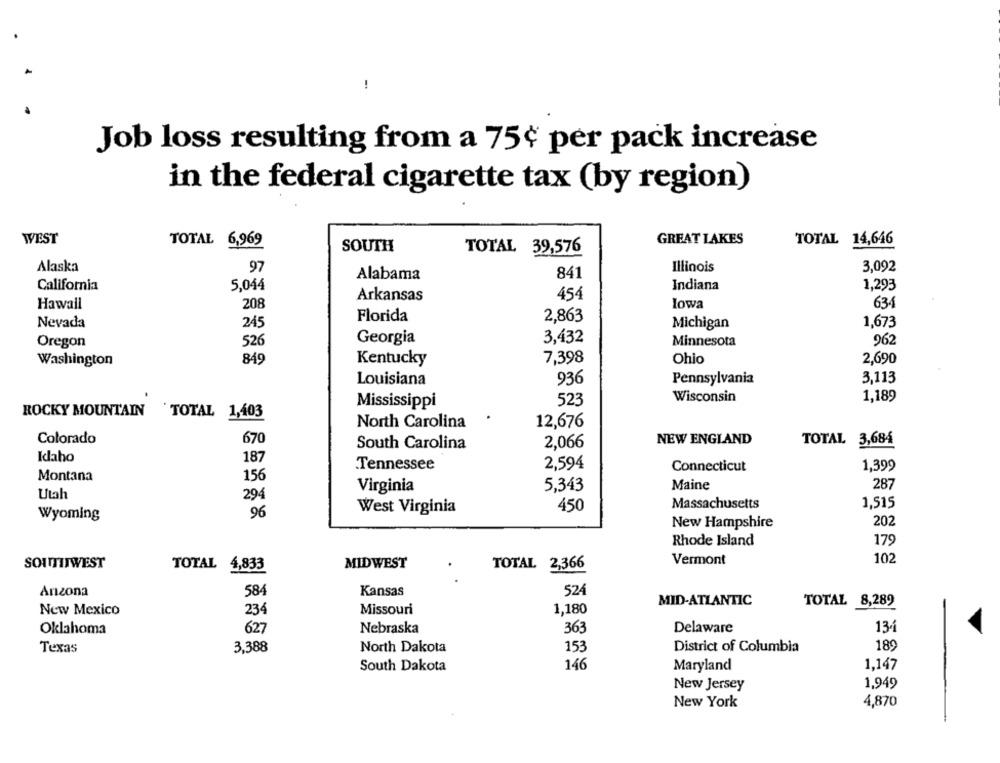
!
Job loss resulting from a 75¢ per pack increase
in the federal cigarette tax (by region)
WEST
TOTAL 6,969
GREAT LAKES
TOTAL 14,646
SOUTH
TOTAL 39,576
Alaska
97
Illinois
3,092
841
Alabama
California
5,044
Indiana
1,293
Arkansas
454
Hawall
208
lowa
634
Florida
2,863
Nevada
245
Michigan
1,673
Oregon
526
Georgia
3,432
Minnesota
962
845
7,398
Ohio
2,690
Washington
Kentucky
Louisiana
936
Pennsylvania
3,113
Wisconsin
1,189
Mississippi
523
ROCKY MOUNTAIN
`TOTAL 1,403
North Carolina
12,676
Colorado
670
NEW ENGLAND
TOTAL 3,684
South Carolina
2,066
Klaho
187
Tennessee
2,594
Connecticut
1,399
Montana
156
Virginia
5,343
Maine
287
Utah
294
1,515
West Virginia
450
Massachusetts
Wyoming
96
New Hampshire
202
Rhode Island
179
102
SOUTHWEST
MIDWEST
Vermont
TOTAL 4,833
TOTAL 2,366
Anzona
584
Kansas
524
MID-ATLANTIC
TOTAL 8,289
234
Missouri
1,180
New Mexico
Oklahoma
627
Nebraska
363
Delaware
134
Texas
3,388
153
District of Columbia
189
North Dakota
146
1,147
South Dakota
Maryland
New Jersey
1,949
4,870
New York